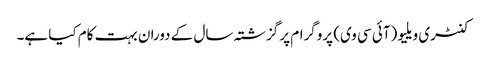
کنٹری ویلیو (آئی سی وی) پروگرام پر گزشتہ سال کے دوران بہت کام کیا ہے۔